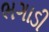
ભગાડી